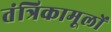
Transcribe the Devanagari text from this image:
तंत्रिकामूलों